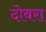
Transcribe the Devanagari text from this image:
दोबरा